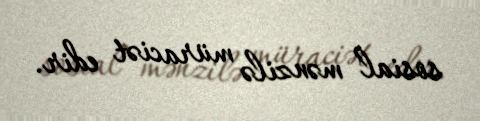
sosial mənzilə müraciət edir.